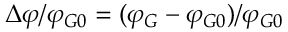
\Delta \varphi / \varphi _ { G 0 } = ( \varphi _ { G } - \varphi _ { G 0 } ) / \varphi _ { G 0 }